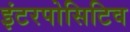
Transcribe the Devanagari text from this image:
इंटरपोसिटिव